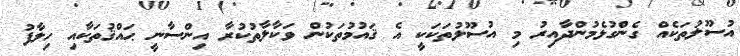
އުސޫލުތަކެއް ގެންގުޅެމުންދާއިރު މި އުސޫލުތަކަކީ އެ ޤައުމުތަކުން ވަކާލާތުކުރާ އިންސާނީ ޙައްޤުތަކާއި ހިލާފު